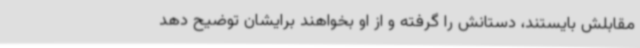
مقابلش بایستند، دستانش را گرفته و از او بخواهند برایشان توضیح دهد